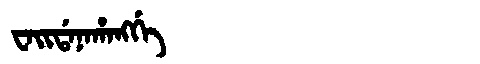
Manchu: ᠸᠠᡳᡩᠠᠨᠠᡥᠠᠩᡤᡝ
Romanization: WAIDANAHANGGE